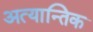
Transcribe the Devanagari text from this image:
अत्यान्तिक